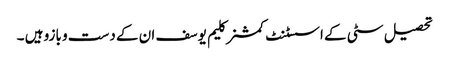
تحصیل سٹی کے اسسٹنٹ کمشنر کلیم یوسف ان کے دست و بازو ہیں ۔